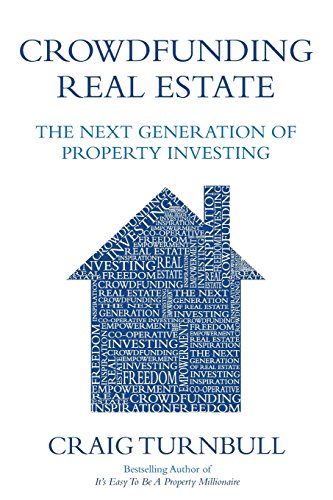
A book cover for Crowdfunding Real Estate; Craig Turnbull; Business & Money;